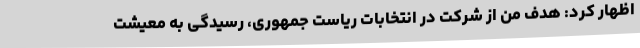
اظهار کرد: هدف من از شرکت در انتخابات ریاست جمهوری، رسیدگی به معیشت